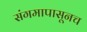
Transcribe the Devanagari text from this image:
संगमापासूनच